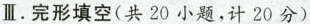
Ⅲ.完形填空(共 20小题,计 20 分)